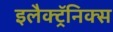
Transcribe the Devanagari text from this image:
इलैक्ट्रॅनिक्स